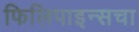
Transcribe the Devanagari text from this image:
फिलिपाइन्सचा